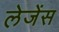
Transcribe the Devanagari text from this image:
लेजेंस